Indian journal of veterinary science and animal husbandry - Volume 10,
Year: 1940
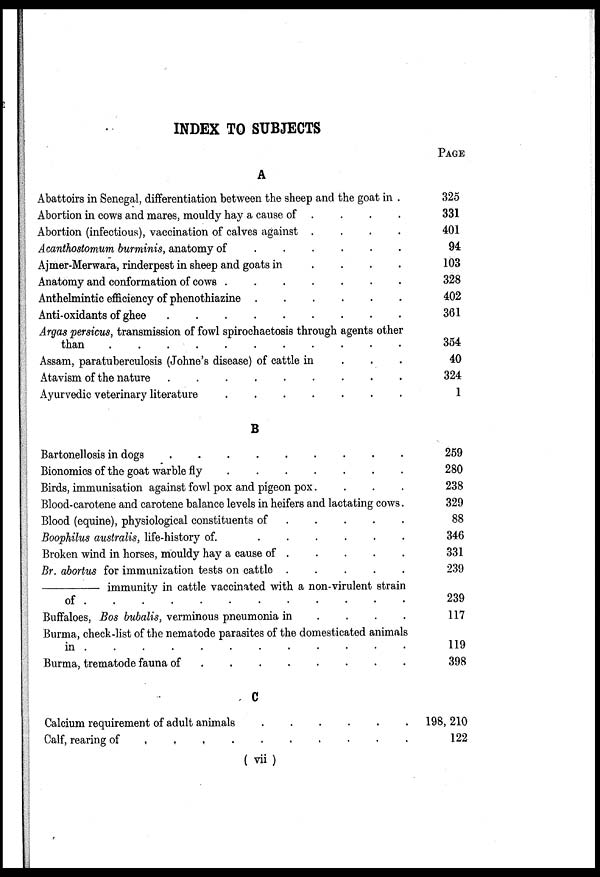
INDEX TO SUBJECTS
A
Abattoirs in Senegal, differentiation between the sheep and the goat in .
Abortion in cows and mares, mouldy hay a cause of . . . . . . . .
Abortion (infectious), vaccination of calves against .
.
.
.
Acanthostomum burminis, anatomy of
.
.
.
.
.
Ajmer-Merwara, rinderpest in sheep and goats in
.
.
.
.
Anatomy and conformation of cows .
.
.
.
.
.
.
Anthelmintic efficiency of phenothiazine . . . . . . . .
Anti-oxidants of ghee
.
.
.
.
.
.
.
.
Argas persicus, transmission of fowl spirochaetosis through agents other
than
.
.
.
.
.
.
.
.
Assam, paratuberculosis (Johne's disease) of cattle in . . . . . . . .
Atavism of the nature .
.
.
.
.
.
.
.
.
Ayurvedic veterinary literature
.
.
.
.
.
.
.
B
Bartonellosis in dogs
.
.
.
.
.
.
.
.
Bionomics of the goat warble fly . . . . . . . .
Birds, immunisation against fowl pox and pigeon pox. .
.
.
.
Blood-carotene and carotene balance levels in heifers and lactating cows.
Blood (equine), physiological constituents of .
.
.
.
Boophilus australis, life-history of
.
.
.
.
.
.
.
.
Broken wind in horses, mouldy hay a cause of . . . . . . . .
Br. abortus for immunization tests on cattle .
.
.
.
.
—immunity
in cattle vaccinated with a non-virulent strain
of
.
.
.
.
.
.
.
.
Buffaloes, Bos bubalis, verminous pneumonia in
.
.
. .
Burma, check-list of the nematode parasites of the domesticated animals
in
.
.
.
.
.
.
.
.
Burma, trematode fauna of
.
.
.
.
.
.
.
.
C
Calcium requirement of adult animals
.
.
.
.
.
.
Calf, rearing of . . . . . . . .
PAGE
325
331
401
94
103
328
402
361
354
40
324
1
259
280
238
329
88
346
331
239
239
117
119
398
198, 210
122
( vii)